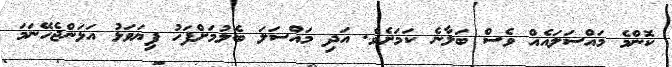
ކޮންމެ މައްސަލައެއް ވެސް ބަލާނެ ކަމަށެވެ. އަދި މައްސަލަ ބެލުމަށްފަހު ފިޔަވަޅު އަޅަންޖެހޭނަމަ